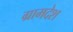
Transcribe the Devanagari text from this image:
ग्रामदेश